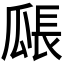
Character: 𤬅